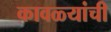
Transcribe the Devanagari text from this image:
कावळ्यांची